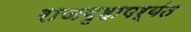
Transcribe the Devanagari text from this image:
राजगृहापर्यंत